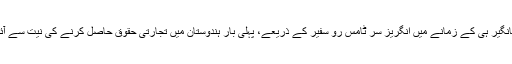
جہانگیر ہی کے زمانے میں انگریز سر ٹامس رو سفیر کے ذریعے، پہلی بار ہندوستان میں تجارتی حقوق حاصل کرنے کی نیت سے آئے۔